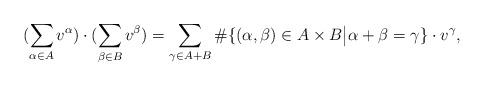
LaTeX: \begin{align*}(\sum_{\alpha\in A} v^\alpha)\cdot(\sum_{\beta\in B} v^{\beta}) = \sum_{\gamma\in A + B} \#\{(\alpha,\beta)\in A\times B\big| \alpha+\beta=\gamma\}\cdot v^{\gamma},\end{align*}